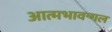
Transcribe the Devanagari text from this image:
आत्मभावन्गल